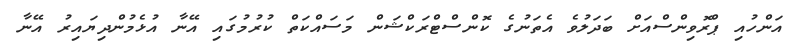
އަންހުއި ޕްރޮވިންސްއަށް ބަދަލުވެ އެތަނުގެ ކޮންސްޓްރަކްޝަން މަސައްކަތް ކުރުމުގައި އޭނާ އުޅެމުންދިޔައިރު އޭނާ